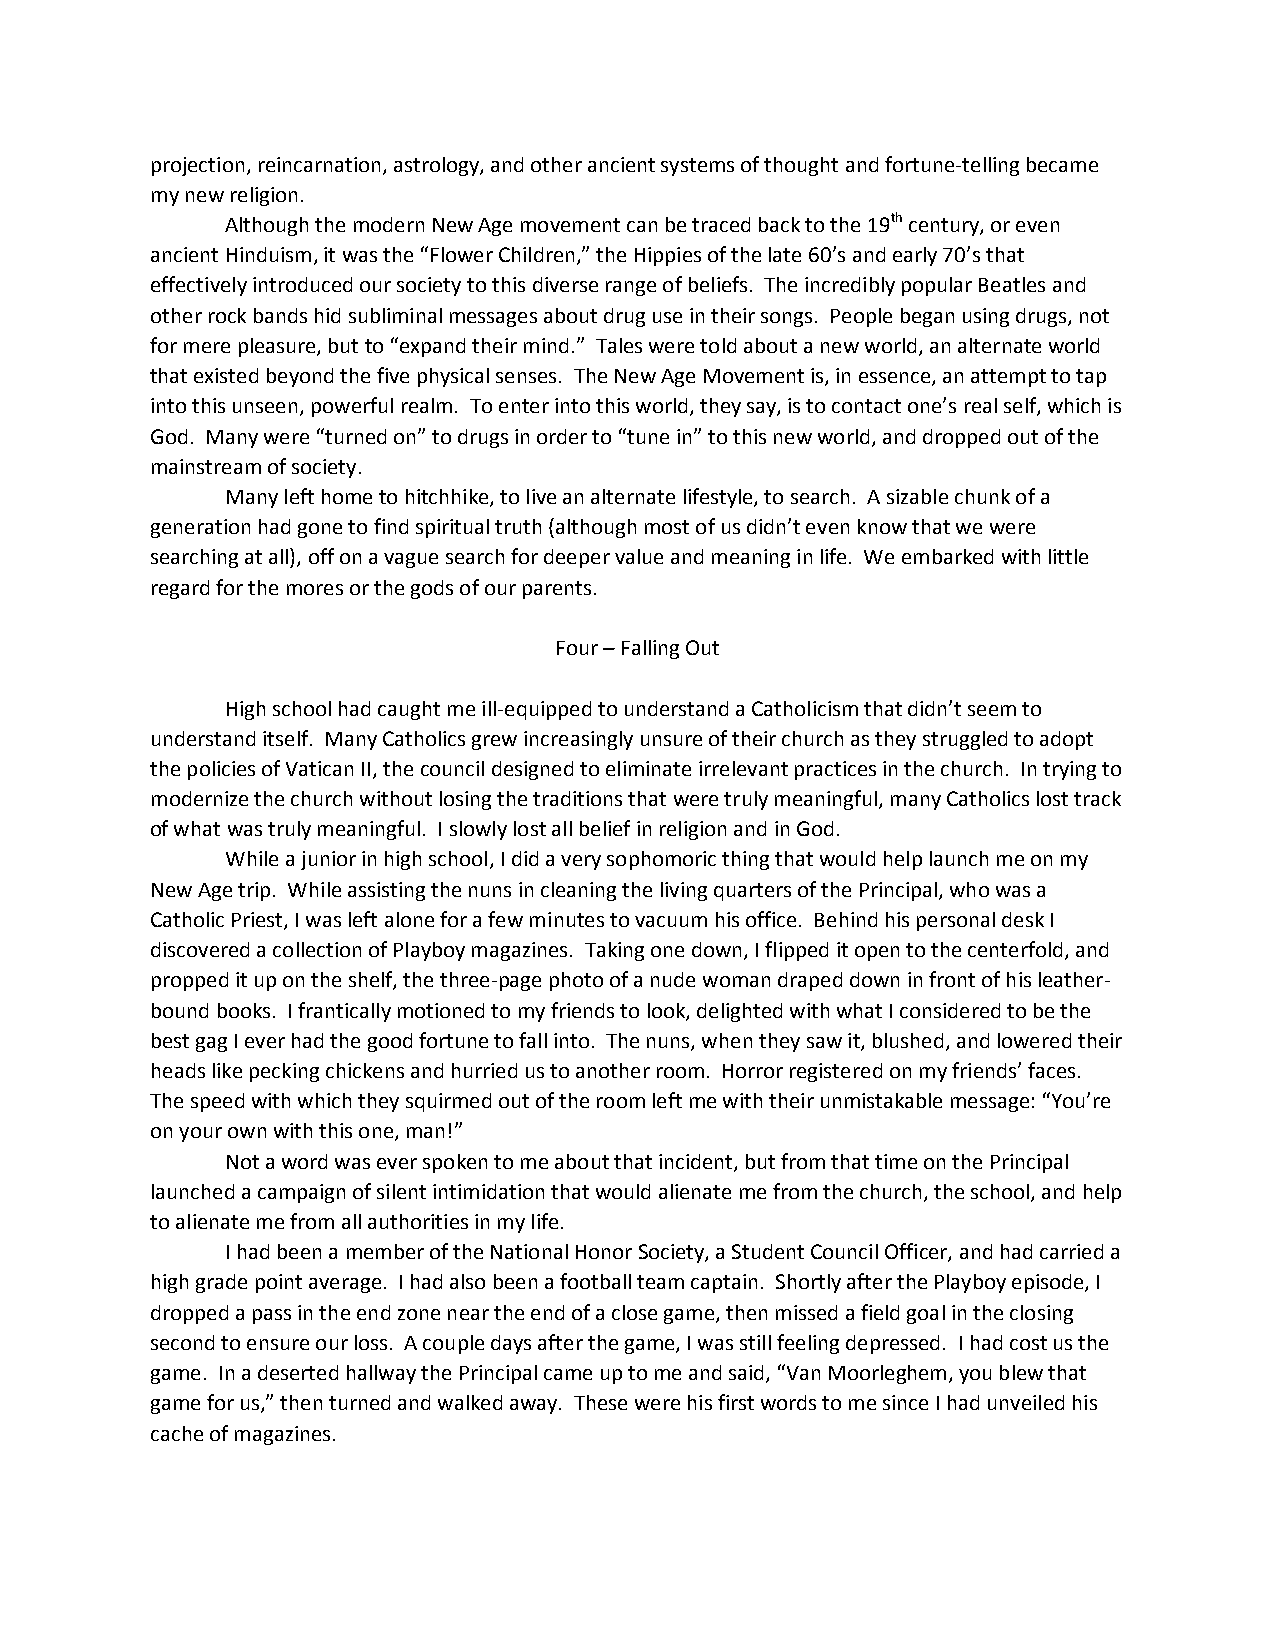
projection, reincarnation, astrology, and other ancient systems of thought and fortune-telling became
 my new religion.
 Although the modern New Age movement can be traced back to the 19th century, or even
 ancient Hinduism, it was the “Flower Children,” the Hippies of the late 60’s and early 70’s that
 effectively introduced our society to this diverse range of beliefs. The incredibly popular Beatles and
 other rock bands hid subliminal messages about drug use in their songs. People began using drugs, not
 for mere pleasure, but to “expand their mind.” Tales were told about a new world, an alternate world
 that existed beyond the five physical senses. The New Age Movement is, in essence, an attempt to tap
 into this unseen, powerful realm. To enter into this world, they say, is to contact one’s real self, which is
 God. Many were “turned on” to drugs in order to “tune in” to this new world, and dropped out of the
 mainstream of society.
 Many left home to hitchhike, to live an alternate lifestyle, to search. A sizable chunk of a
 generation had gone to find spiritual truth (although most of us didn’t even know that we were
 searching at all), off on a vague search for deeper value and meaning in life. We embarked with little
 regard for the mores or the gods of our parents.
 Four – Falling Out
 High school had caught me ill-equipped to understand a Catholicism that didn’t seem to
 understand itself. Many Catholics grew increasingly unsure of their church as they struggled to adopt
 the policies of Vatican II, the council designed to eliminate irrelevant practices in the church. In trying to
 modernize the church without losing the traditions that were truly meaningful, many Catholics lost track
 of what was truly meaningful. I slowly lost all belief in religion and in God.
 While a junior in high school, I did a very sophomoric thing that would help launch me on my
 New Age trip. While assisting the nuns in cleaning the living quarters of the Principal, who was a
 Catholic Priest, I was left alone for a few minutes to vacuum his office. Behind his personal desk I
 discovered a collection of Playboy magazines. Taking one down, I flipped it open to the centerfold, and
 propped it up on the shelf, the three-page photo of a nude woman draped down in front of his leather-
 bound books. I frantically motioned to my friends to look, delighted with what I considered to be the
 best gag I ever had the good fortune to fall into. The nuns, when they saw it, blushed, and lowered their
 heads like pecking chickens and hurried us to another room. Horror registered on my friends’ faces.
 The speed with which they squirmed out of the room left me with their unmistakable message: “You’re
 on your own with this one, man!”
 Not a word was ever spoken to me about that incident, but from that time on the Principal
 launched a campaign of silent intimidation that would alienate me from the church, the school, and help
 to alienate me from all authorities in my life.
 I had been a member of the National Honor Society, a Student Council Officer, and had carried a
 high grade point average. I had also been a football team captain. Shortly after the Playboy episode, I
 dropped a pass in the end zone near the end of a close game, then missed a field goal in the closing
 second to ensure our loss. A couple days after the game, I was still feeling depressed. I had cost us the
 game. In a deserted hallway the Principal came up to me and said, “Van Moorleghem, you blew that
 game for us,” then turned and walked away. These were his first words to me since I had unveiled his
 cache of magazines.